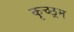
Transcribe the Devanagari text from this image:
कृच्छ्रम